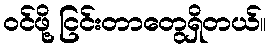
ဝင်ဖို့ ငြင်းတာတွေရှိတယ်။